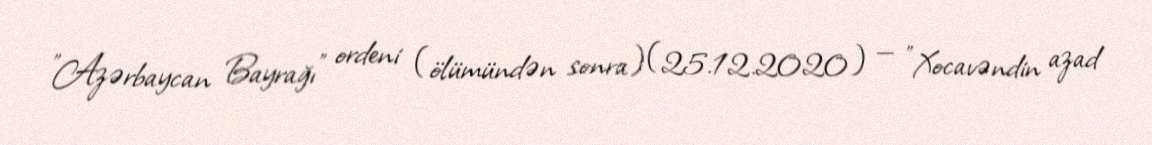
"Azərbaycan Bayrağı" ordeni (ölümündən sonra) (25.12.2020) — "Xocavəndin azad